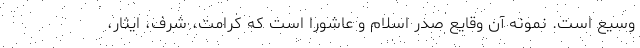
وسیع است. نمونه آن وقایع صدر اسلام و عاشورا است که کرامت، شرف، ایثار،